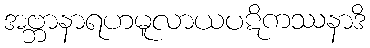
အဗ္ဘာနာရဟမူလာယပဋိကဿနာဒိ